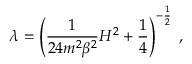
\lambda = \left( \frac { 1 } { 2 4 m ^ { 2 } \beta ^ { 2 } } H ^ { 2 } + \frac { 1 } { 4 } \right) ^ { - \frac { 1 } { 2 } } \; ,